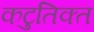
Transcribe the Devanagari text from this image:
कटुतिक्त